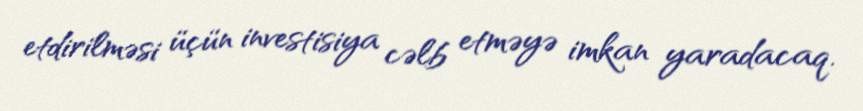
etdirilməsi üçün investisiya cəlb etməyə imkan yaradacaq.